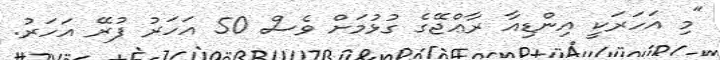
"މި އަހަރަކީ އިންޑިއާ ރާޢްޖޭގެ ގުޅުމަށް ވެސް 50 އަހަރު ފުރޭ އަހަރު.